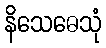
နိသေဓေသုံ